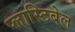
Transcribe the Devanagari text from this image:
प्लास्टिबेल